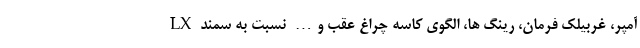
آمپر، غربیلک فرمان، رینگ ها، الگوی کاسه چراغ عقب و… نسبت به سمند LX